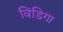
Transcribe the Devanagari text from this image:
विंडिगा